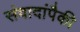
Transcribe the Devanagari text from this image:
संवादांपैकी